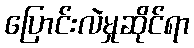
ပြောင်းလဲမှုဆိုင်ရာ